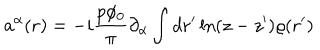
LaTeX: a ^ { \alpha } ( { \bf r } ) = - i \frac { p \phi _ { 0 } } { \pi } \partial _ { \alpha } \int d { \bf r ^ { \prime } } \ln ( z - z ^ { \prime } ) \varrho ( { \bf r ^ { \prime } } )